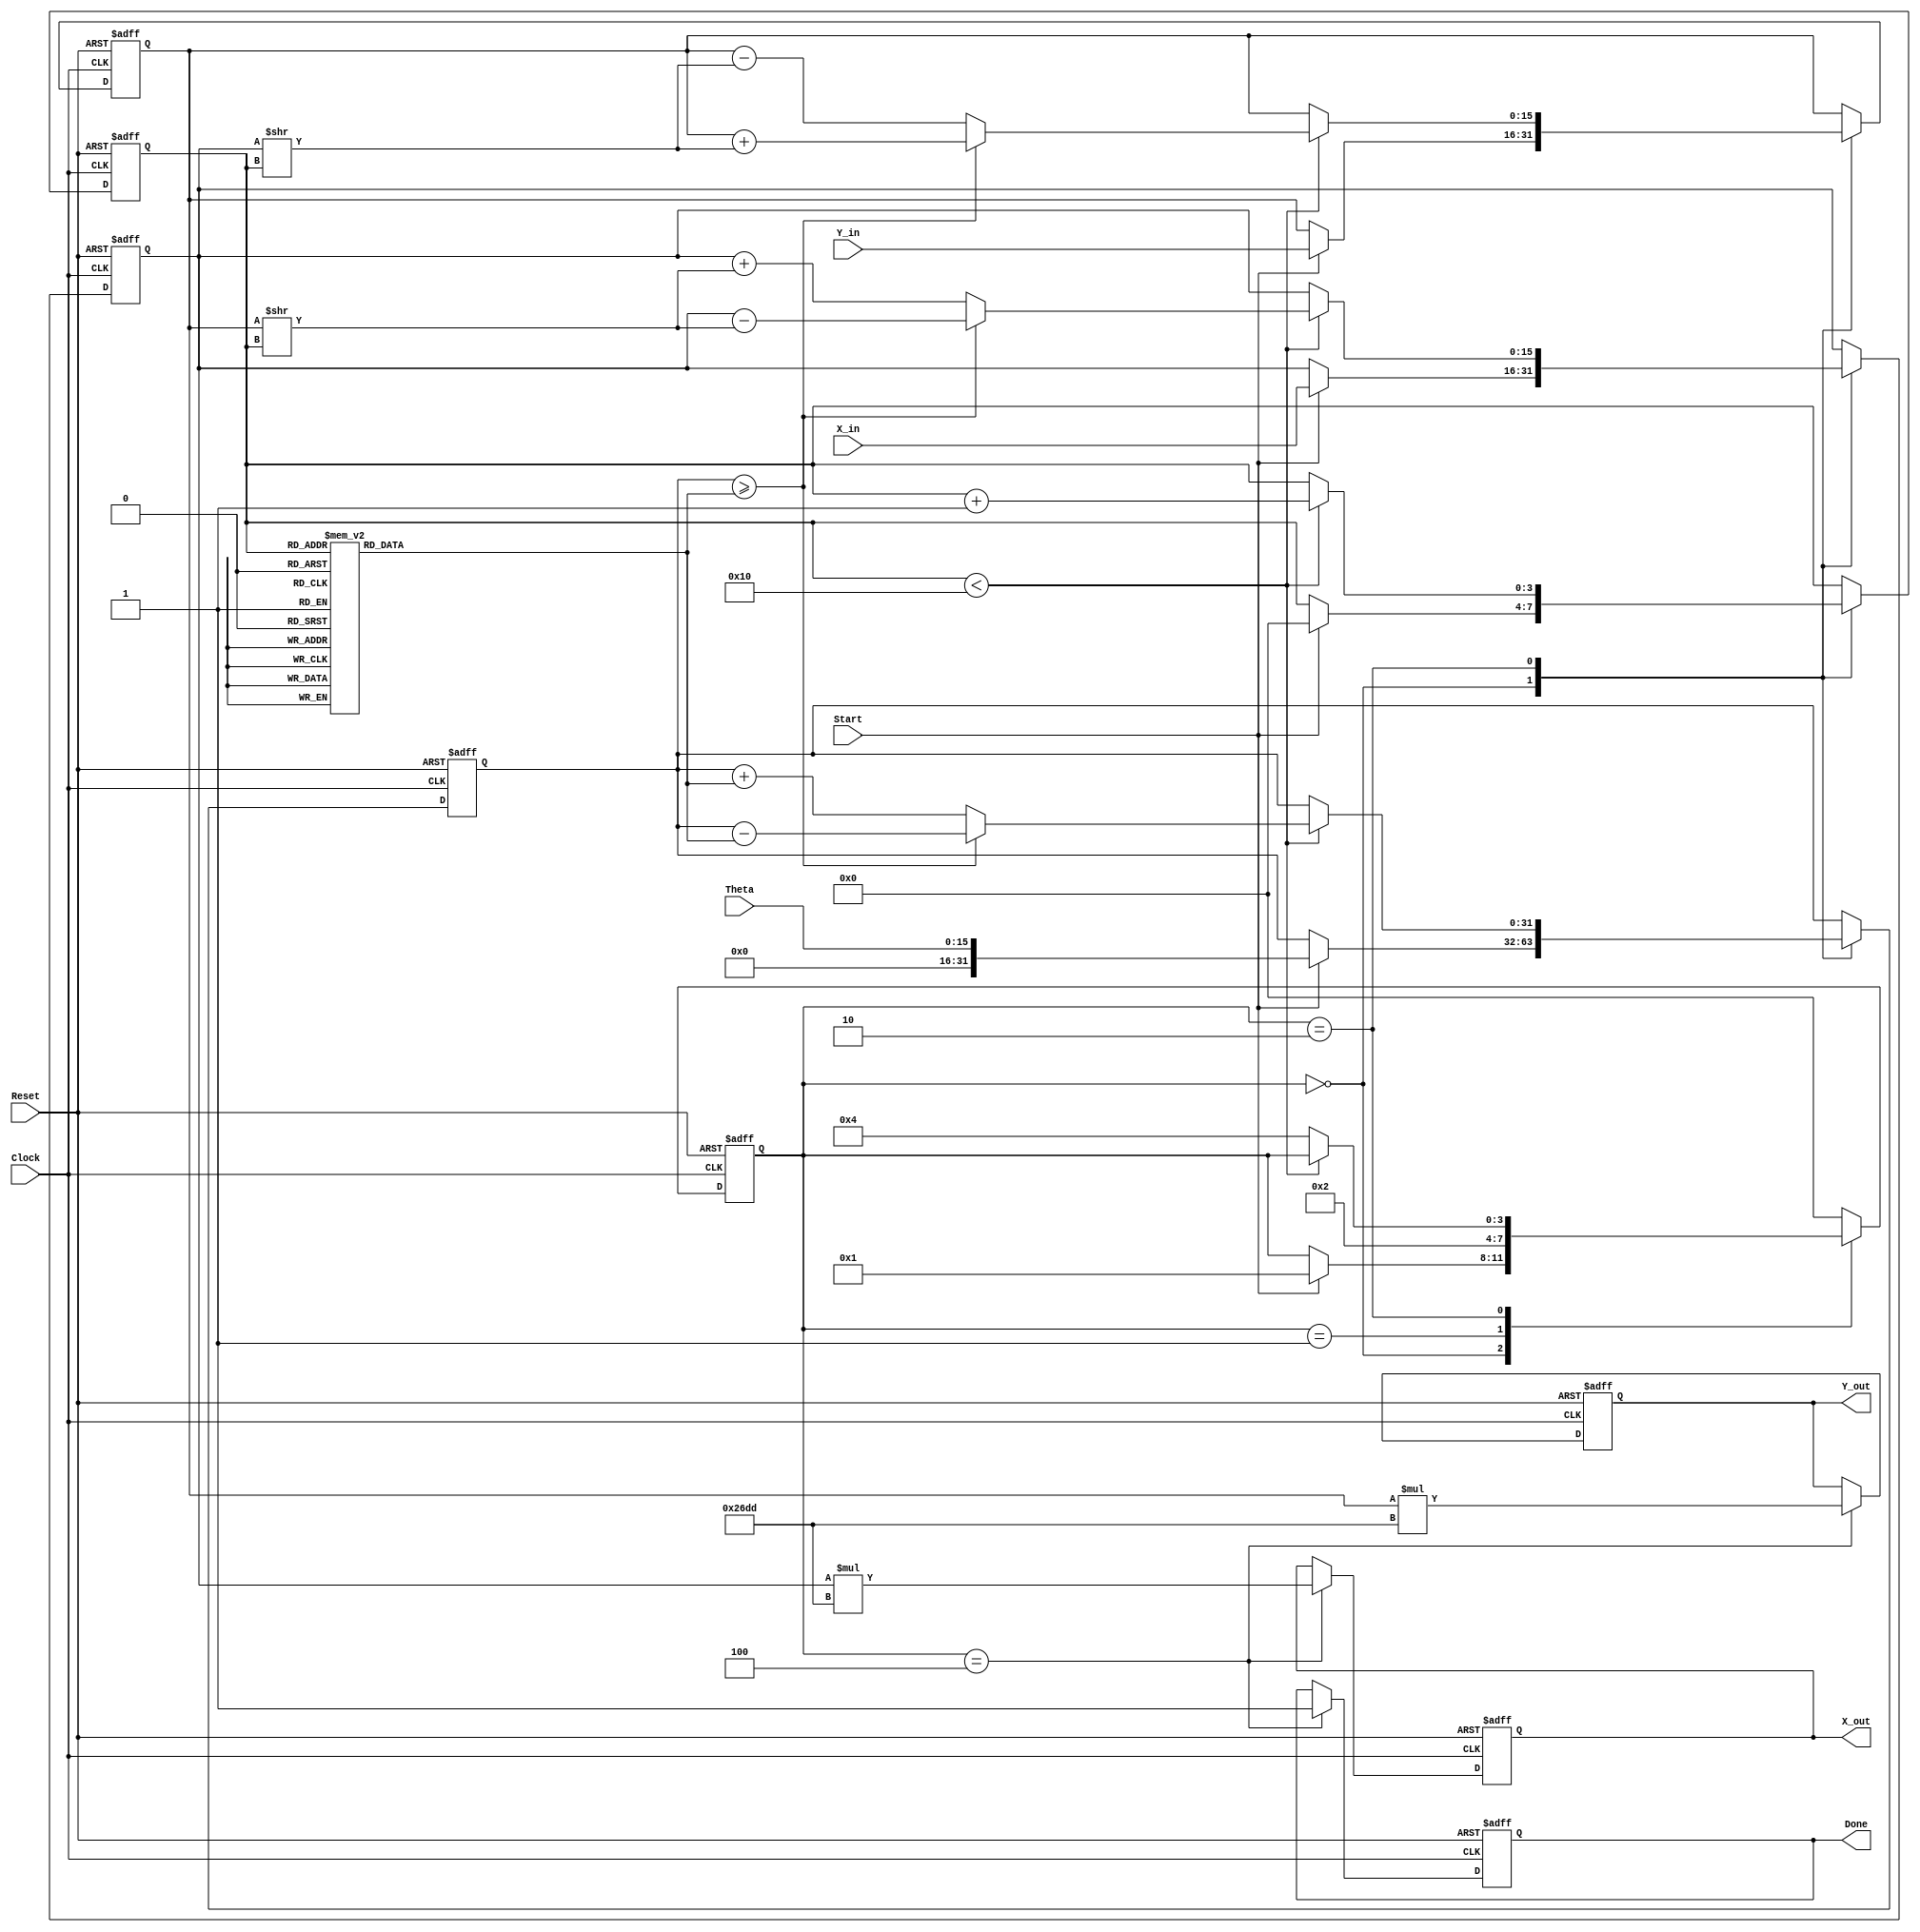
module complex_cordic #(
    parameter WIDTH = 16, // Bit width for input/output
    parameter ITERATIONS = 16 // Number of iterations for CORDIC
)(
    input wire [WIDTH-1:0] X_in,        // Real part of the input vector
    input wire [WIDTH-1:0] Y_in,        // Imaginary part of the input vector
    input wire [WIDTH-1:0] Theta,       // Angle of rotation
    input wire Start,                    // Control signal to start operation
    input wire Reset,                    // Asynchronous reset
    input wire Clock,                    // Clock signal
    output reg [WIDTH-1:0] X_out,       // Real part of the output vector
    output reg [WIDTH-1:0] Y_out,       // Imaginary part of the output vector
    output reg Done                      // Operation completion signal
);

// Internal signals
reg [31:0] current_angle;             // Stores the current angle in fixed-point
reg [WIDTH-1:0] x, y;                 // Intermediate x, y values
reg [3:0] state;                      // State machine variable
reg [3:0] iter;                       // Iteration counter

// Constants
reg [WIDTH-1:0] angle_table [0:ITERATIONS-1]; // Precomputed angle values
reg [WIDTH-1:0] scaling_factor = 16'h26DD; // Approximation of scaling factor

// State definitions
localparam IDLE = 3'b000,
           INIT = 3'b001,
           ROTATE = 3'b010,
           DONE_STATE = 3'b100;

// Initial angle values for the CORDIC table (in fixed-point)
initial begin
    angle_table[0] = 16'h0;     // 0 rad
    angle_table[1] = 16'h1C71;  // atan(2^-1)
    angle_table[2] = 16'h0D8E;  // atan(2^-2)
    angle_table[3] = 16'h067D;  // atan(2^-3)
    // ... Initialize other angles as necessary ...
    angle_table[ITERATIONS-1] = 0; // Last value
end

// State machine and CORDIC operation logic
always @(posedge Clock or posedge Reset) begin
    if (Reset) begin
        state <= IDLE;
        Done <= 0;
        iter <= 0;
        x <= 0;
        y <= 0;
        X_out <= 0;
        Y_out <= 0;
        current_angle <= 0;
    end else begin
        case (state)
            IDLE: begin
                if (Start) begin
                    x <= X_in;
                    y <= Y_in;
                    current_angle <= Theta;
                    iter <= 0;
                    state <= INIT;
                end
            end
            
            INIT: begin
                // Initialize for rotation
                state <= ROTATE;
            end
            
            ROTATE: begin
                if (iter < ITERATIONS) begin
                    if (current_angle >= angle_table[iter]) begin
                        // Perform vector rotation counter-clockwise
                        current_angle <= current_angle - angle_table[iter];
                        x <= x - (y >> iter); // x' = x - (y * 2^-i)
                        y <= y + (x >> iter); // y' = y + (x * 2^-i)
                    end else begin
                        // Perform vector rotation clockwise
                        current_angle <= current_angle + angle_table[iter];
                        x <= x + (y >> iter); // x' = x + (y * 2^-i)
                        y <= y - (x >> iter); // y' = y - (x * 2^-i)
                    end
                    iter <= iter + 1;
                end else begin
                    // Done with iterations
                    state <= DONE_STATE;
                end
            end
            
            DONE_STATE: begin
                // Scale the result
                X_out <= x * scaling_factor;
                Y_out <= y * scaling_factor;
                Done <= 1;
                state <= IDLE; // Go back to idle for next operation
            end
            
            default: state <= IDLE; // Default case
        endcase
    end
end

endmodule